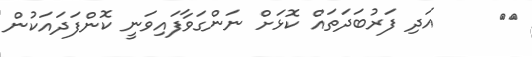
١٩     އަދި ފަރުބަދަތައް ކޮޅަށް ނަންގަވާފައިވަނީ ކޮންފަދައަކުން